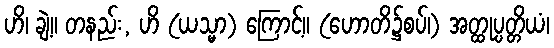
ဟိ၊ ချဲ့။ တနည်း, ဟိ (ယသ္မာ) ကြောင့်။ (ဟောတိ၌စပ်၊) အတ္ထုပ္ပတ္တိယံ၊